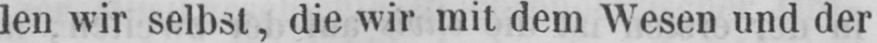
len wir selbst, die wir mit dem Wesen und der